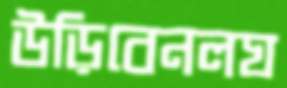
উড়িবেনলঘ